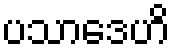
ပသာဒေဟိ